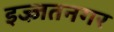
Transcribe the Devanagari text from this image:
इज्ज़तनगर